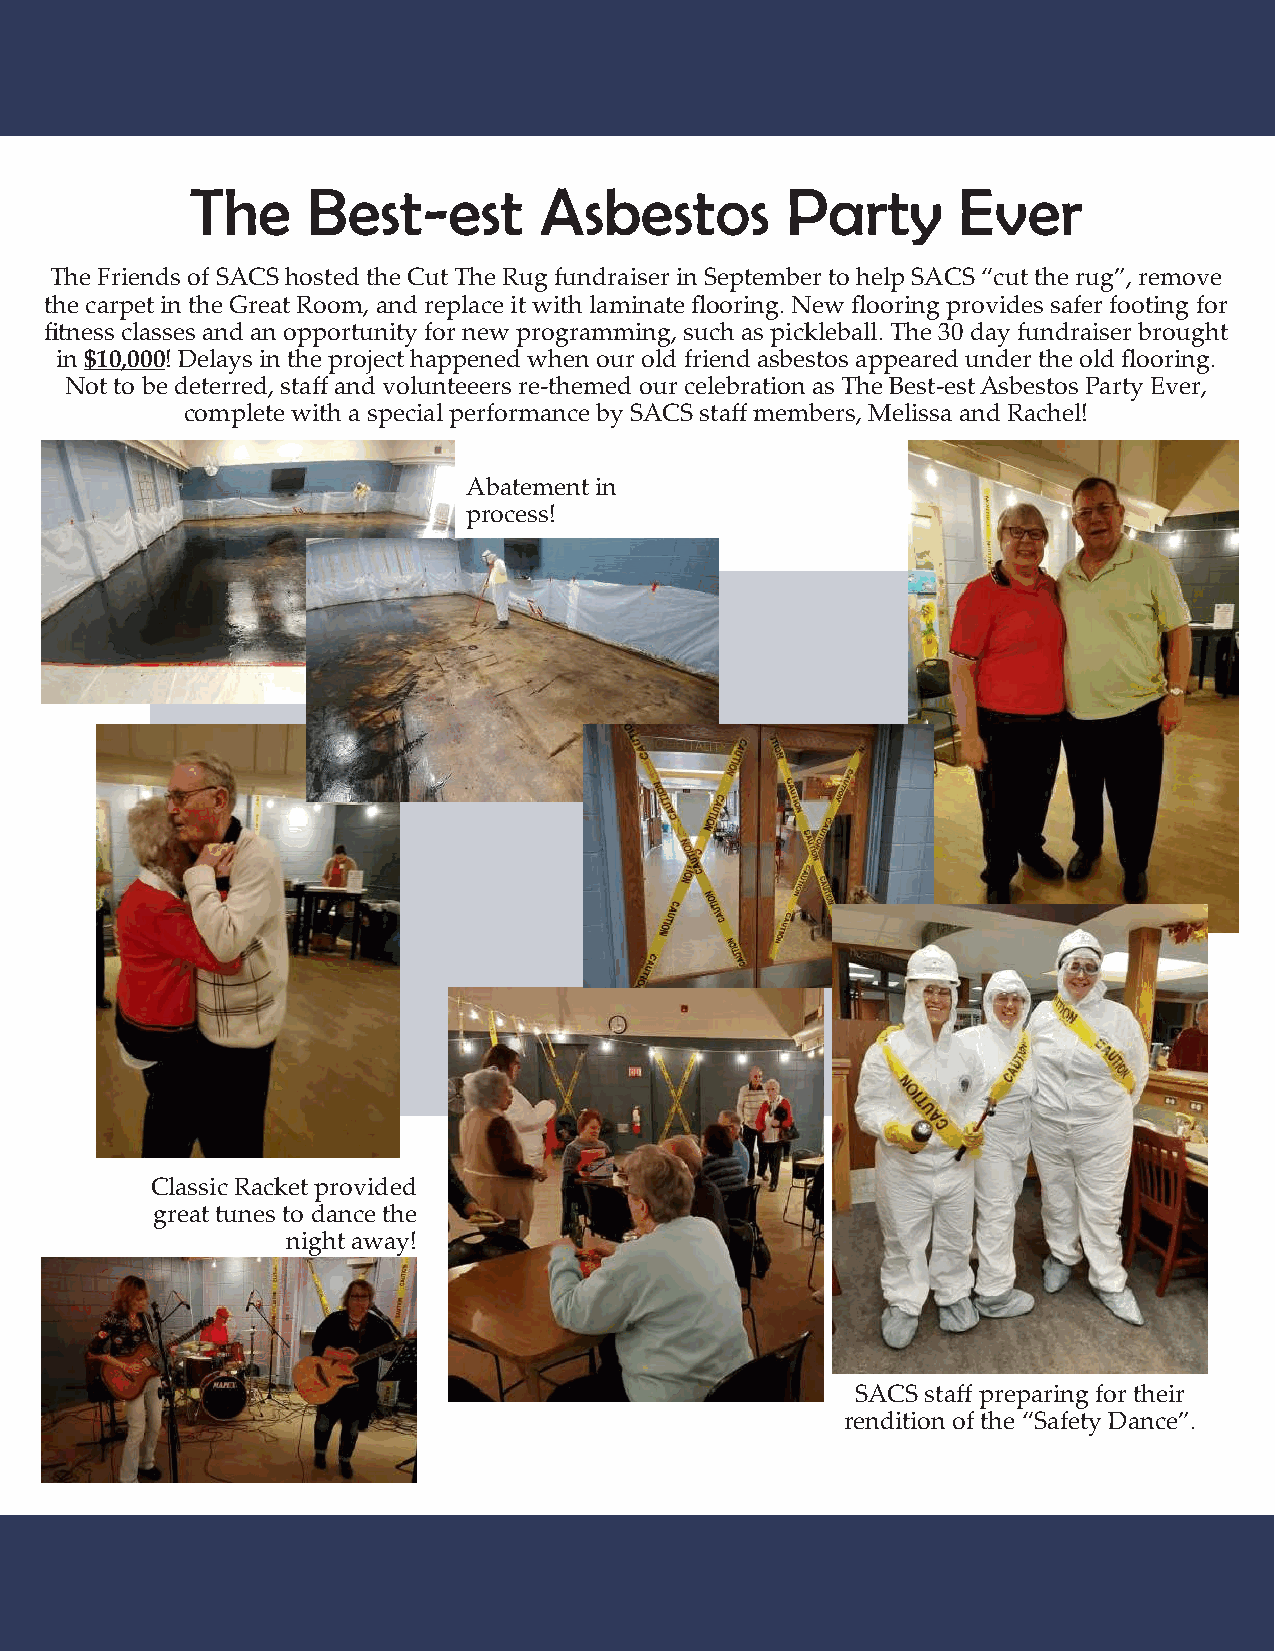
The    Best-est        Asbestos        Party      Ever
 The Friends of SACS hosted the Cut The Rug fundraiser in September to help SACS “cut the rug”, remove
 the carpet in the Great Room, and replace it with laminate flooring. New flooring provides safer footing for
 fitness classes and an opportunity for new programming, such as pickleball. The 30 day fundraiser brought
 in $10,000! Delays in the project happened when our old friend asbestos appeared under the old flooring.
 Not to be deterred, staff and volunteeers re-themed our celebration as The Best-est Asbestos Party Ever,
 complete with a special performance by SACS staff members, Melissa and Rachel!
 Abatement in
 process!
 Classic Racket provided
 great tunes to dance the
 night away!
 SACS staff preparing for their
 rendition of the “Safety Dance”.